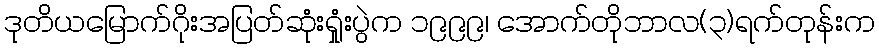
ဒုတိယမြောက်ဂိုးအပြတ်ဆုံးရှုံးပွဲက ၁၉၉၉၊ အောက်တိုဘာလ(၃)ရက်တုန်းက